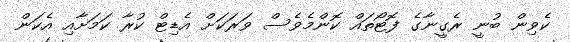
ކެވިން ބުނީ ރެގީނާގެ ފޮޓޯތައް ކޮންމެވެސް ވަރަކަށް އެޑިޓް ކުރާ ކަމަށާއި އެކަން